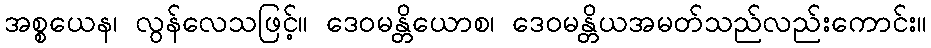
အစ္စယေန၊ လွန်လေသဖြင့်။ ဒေဝမန္တိယောစ၊ ဒေဝမန္တိယအမတ်သည်လည်းကောင်း။